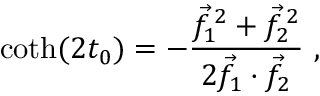
\coth ( 2 t _ { 0 } ) = - { \frac { { \vec { f } } _ { 1 } ^ { \, 2 } + { \vec { f } } _ { 2 } ^ { \, 2 } } { 2 { \vec { f } } _ { 1 } \cdot { \vec { f } } _ { 2 } } } \ ,